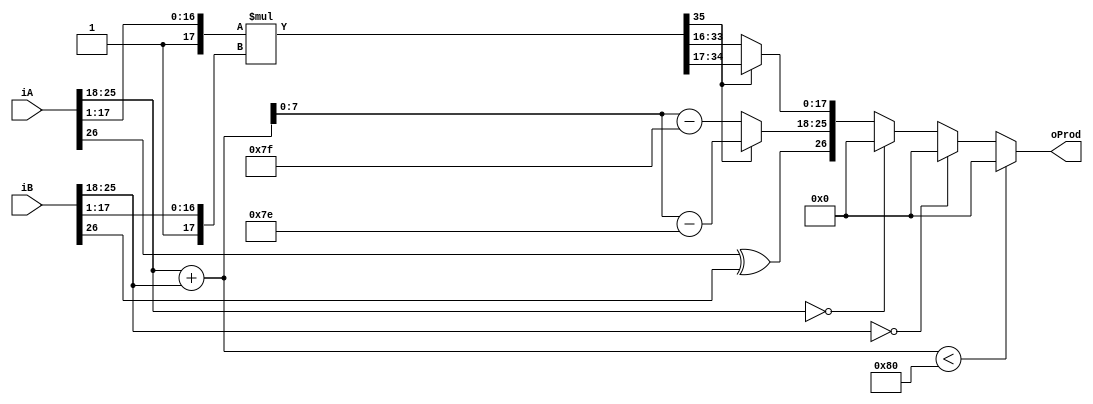
module FpMul (
    input      [26:0] iA,    // First input
    input      [26:0] iB,    // Second input
    output     [26:0] oProd  // Product
);

    // Extract fields of A and B.
    wire        A_s;
    wire [7:0]  A_e;
    wire [17:0] A_f;
    wire        B_s;
    wire [7:0]  B_e;
    wire [17:0] B_f;
    assign A_s = iA[26];
    assign A_e = iA[25:18];
    assign A_f = {1'b1, iA[17:1]};
    assign B_s = iB[26];
    assign B_e = iB[25:18];
    assign B_f = {1'b1, iB[17:1]};

    // XOR sign bits to determine product sign.
    wire        oProd_s;
    assign oProd_s = A_s ^ B_s;

    // Multiply the fractions of A and B
    wire [35:0] pre_prod_frac;
    assign pre_prod_frac = A_f * B_f;

    // Add exponents of A and B
    wire [8:0]  pre_prod_exp;
    assign pre_prod_exp = A_e + B_e;

    // If top bit of product frac is 0, shift left one
    wire [7:0]  oProd_e;
    wire [17:0] oProd_f;
    assign oProd_e = pre_prod_frac[35] ? (pre_prod_exp-9'd126) : (pre_prod_exp - 9'd127);
    assign oProd_f = pre_prod_frac[35] ? pre_prod_frac[34:17] : pre_prod_frac[33:16];

    // Detect underflow
    wire        underflow;
    assign underflow = pre_prod_exp < 9'h80;

    // Detect zero conditions (either product frac doesn't start with 1, or underflow)
    assign oProd = underflow        ? 27'b0 :
                   (B_e == 8'd0)    ? 27'b0 :
                   (A_e == 8'd0)    ? 27'b0 :
                   {oProd_s, oProd_e, oProd_f};

endmodule